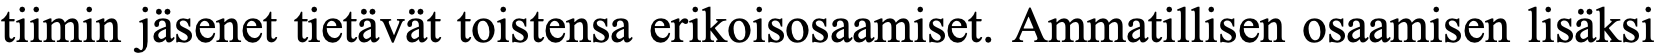
tiimin jäsenet tietävät toistensa erikoisosaamiset. Ammatillisen osaamisen lisäksi